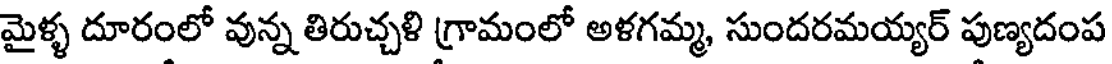
మైళ్ళ దూరంలో వున్న తిరుచ్చళి గ్రామంలో అళగమ్మ, సుందరమయ్యర్ పుణ్యదంప